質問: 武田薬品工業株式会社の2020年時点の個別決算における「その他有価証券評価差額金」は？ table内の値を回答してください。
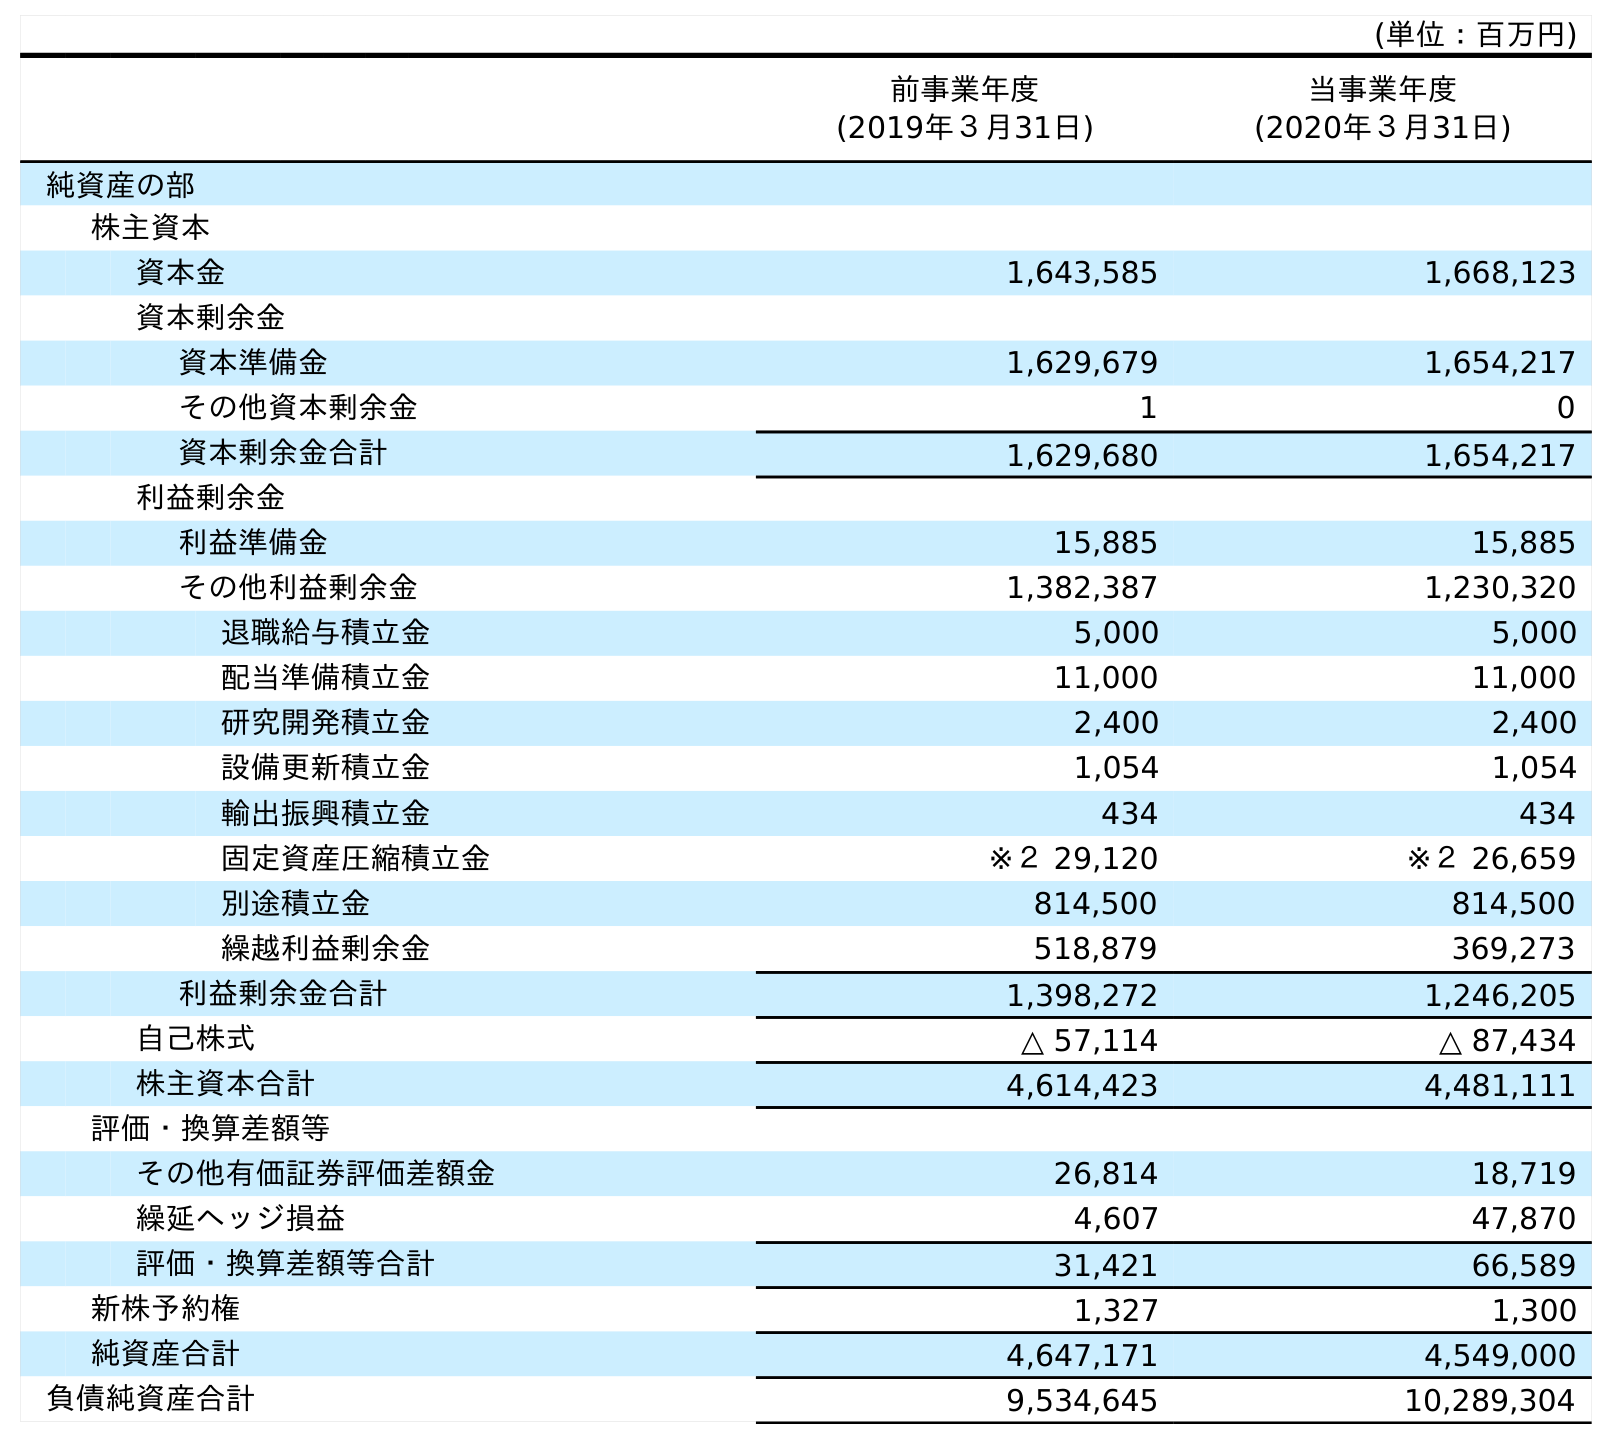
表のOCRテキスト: (単位：百万円) 前事業年度 (2019年３月31日) 当事業年度 (2020年３月31日) 純資産の部 株主資本 資本金 1,643,585 1,668,123 資本剰余金 資本準備金 1,629,679 1,654,217 その他資本剰余金 1 0 資本剰余金合計 1,629,680 1,654,217 利益剰余金 利益準備金 15,885 15,885 その他利益剰余金 1,382,387 1,230,320 退職給与積立金 5,000 5,000 配当準備積立金 11,000 11,000 研究開発積立金 2,400 2,400 設備更新積立金 1,054 1,054 輸出振興積立金 434 434 固定資産圧縮積立金 ※２ 29,120 ※２ 26,659 別途積立金 814,500 814,500 繰越利益剰余金 518,879 369,273 利益剰余金合計 1,398,272 1,246,205 自己株式 △ 57,114 △ 87,434 株主資本合計 4,614,423 4,481,111 評価・換算差額等 その他有価証券評価差額金 26,814 18,719 繰延ヘッジ損益 4,607 47,870 評価・換算差額等合計 31,421 66,589 新株予約権 1,327 1,300 純資産合計 4,647,171 4,549,000 負債純資産合計 9,534,645 10,289,304
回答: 18,719